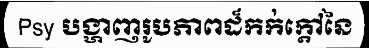
Psy បង្ហាញរូបភាពដ៏កក់ក្តៅនៃ